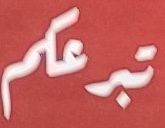
تبرعكم